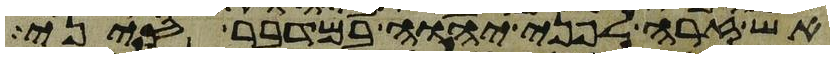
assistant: אש זרה לפני יהוה במדבר סיני